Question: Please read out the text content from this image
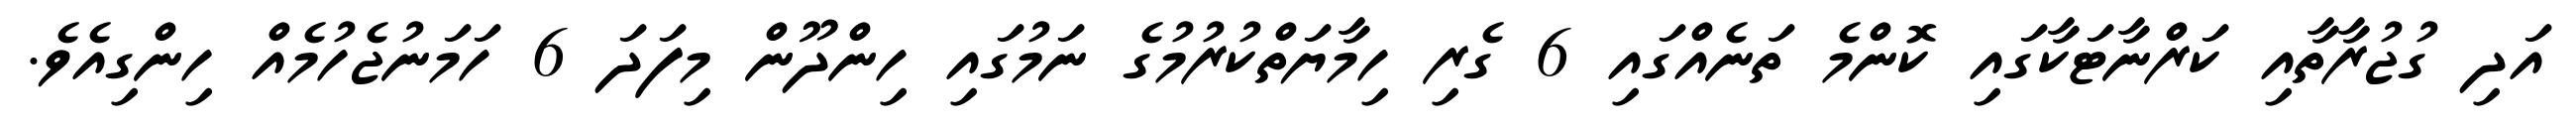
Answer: އަދި ގުޖުރާތާއި ކަރްނާޓަކާގައި ކޮންމެ ތަނެއްގައި 6 ގެރި ހިމާޔަތްކުރުމުގެ ނަމުގައި ހިންދޫން މިފަދަ 6 ހަމަނުޖެހުމެއް ހިންގިއެވެ.